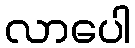
လာပေါ